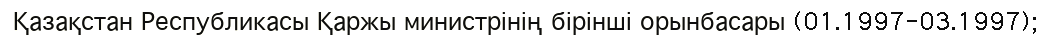
Қазақстан Республикасы Қаржы министрінің бірінші орынбасары (01.1997-03.1997);